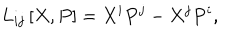
LaTeX: L _ { i j } \left[ X , P \right] = X ^ { i } P ^ { j } - X ^ { j } P ^ { i } ,